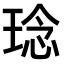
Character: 𤦬